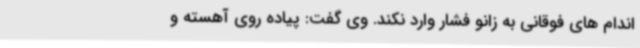
اندام های فوقانی به زانو فشار وارد نکند. وی گفت: پیاده روی آهسته و